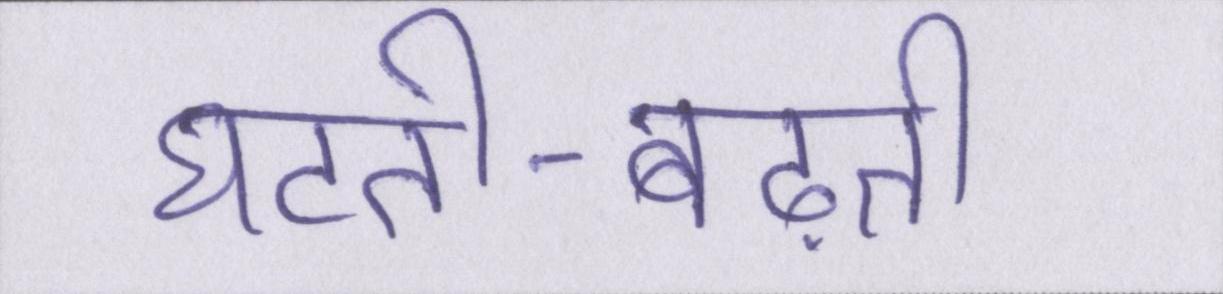
घटती-बढ़ती